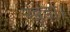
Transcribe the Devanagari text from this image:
खड़ा।